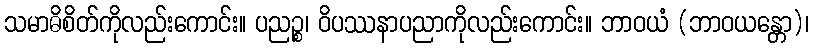
သမာဓိစိတ်ကိုလည်းကောင်း။ ပညဉ္စ၊ ဝိပဿနာပညာကိုလည်းကောင်း။ ဘာဝယံ (ဘာဝယန္တော)၊